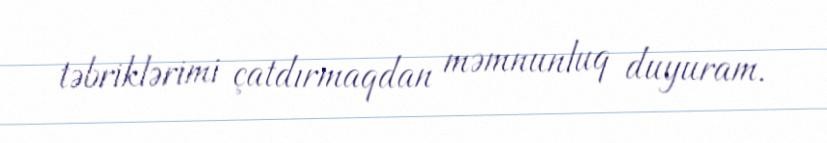
təbriklərimi çatdırmaqdan məmnunluq duyuram.